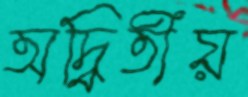
অদ্বিতীয়